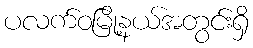
ပလက်ဝမြို့နယ်အတွင်းရှိ